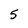
Character: 5